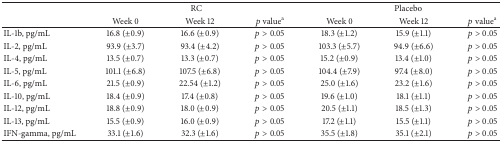
|  | <COLSPAN=3> RC | <COLSPAN=3> Placebo |
 |  | Week 0 | Week 12 | p valuea | Week 0 | Week 12 | p valuea |
 | --- | --- | --- | --- | --- | --- | --- |
 | IL-1b, pg/mL | 16.8 (±0.9) | 16.6 (±0.9) | p > 0.05 | 18.3 (±1.2) | 15.9 (±1.1) | p > 0.05 |
 | IL-2, pg/mL | 93.9 (±3.7) | 93.4 (±4.2) | p > 0.05 | 103.3 (±5.7) | 94.9 (±6.6) | p > 0.05 |
 | IL-4, pg/mL | 13.5 (±0.7) | 13.3 (±0.7) | p > 0.05 | 15.2 (±0.9) | 13.4 (±1.0) | p > 0.05 |
 | IL-5, pg/mL | 101.1 (±6.8) | 107.5 (±6.8) | p > 0.05 | 104.4 (±7.9) | 97.4 (±8.0) | p > 0.05 |
 | IL-6, pg/mL | 21.5 (±0.9) | 22.54 (±1.2) | p > 0.05 | 25.0 (±1.6) | 23.2 (±1.6) | p > 0.05 |
 | IL-10, pg/mL | 18.4 (±0.9) | 17.4 (±0.8) | p > 0.05 | 19.6 (±1.0) | 18.1 (±1.1) | p > 0.05 |
 | IL-12, pg/mL | 18.8 (±0.9) | 18.0 (±0.9) | p > 0.05 | 20.5 (±1.1) | 18.5 (±1.3) | p > 0.05 |
 | IL-13, pg/mL | 15.5 (±0.9) | 16.0 (±0.9) | p > 0.05 | 17.2 (±1.1) | 15.5 (±1.1) | p > 0.05 |
 | IFN-gamma, pg/mL | 33.1 (±1.6) | 32.3 (±1.6) | p > 0.05 | 35.5 (±1.8) | 35.1 (±2.1) | p > 0.05 |